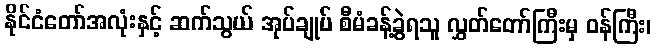
နိုင်ငံတော်အလုံးနှင့် ဆက်သွယ် အုပ်ချုပ် စီမံခန့်ခွဲရသူ လွှတ်တော်ကြီးမှ ဝန်ကြီး၊